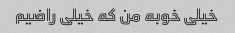
خیلی خوبه من که خیلی راضیم